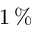
1 \, \%